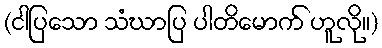
(ငါပြသော သံဃာပြ ပါတိမောက် ဟူလို။)